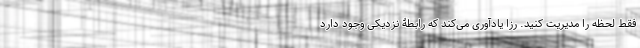
فقط لحظه را مدیریت کنید. رزا یادآوری می‌کند که رابطۀ نزدیکی وجود دارد